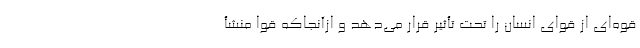
قوه‌ای از قوای انسان را تحت تأثیر قرار می‌دهد و ازآنجاکه قوا منشأ